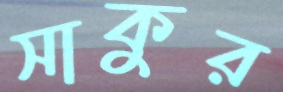
সাকুর